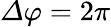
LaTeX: \varDelta\varphi=2\pi